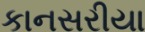
કાનસરીયા